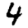
Digit: 4